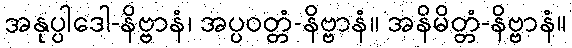
အနုပ္ပါဒေါ-နိဗ္ဗာနံ၊ အပ္ပဝတ္တံ-နိဗ္ဗာနံ။ အနိမိတ္တံ-နိဗ္ဗာနံ။